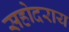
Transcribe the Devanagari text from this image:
सहोदराय